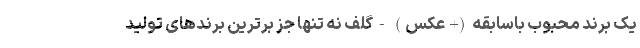
یک برند محبوب باسابقه (+عکس) - گلف نه تنها جز برترین برندهای تولید